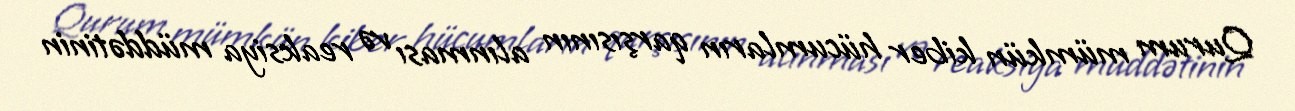
Qurum mümkün kiber hücumların qarşısının alınması və reaksiya müddətinin